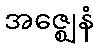
အဇ္ဈေနံ